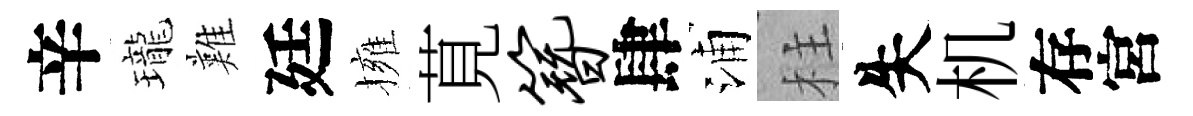
辛瓏難廷擁莧簪肆浦柱失机存宮